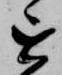
を